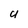
Character: U